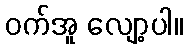
ဝက်အူ လျော့ပါ။